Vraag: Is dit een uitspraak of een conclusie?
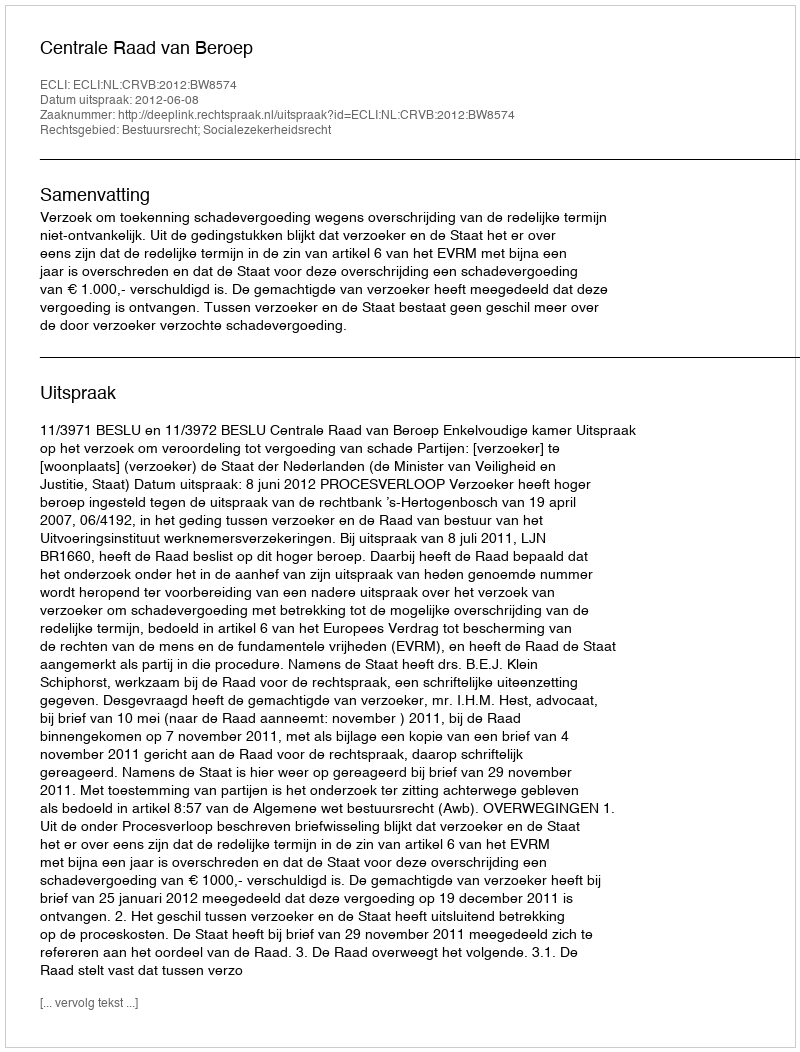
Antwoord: Uitspraak